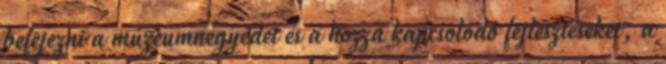
befejezni a múzeumnegyedet és a hozzá kapcsolódó fejlesztéseket, a